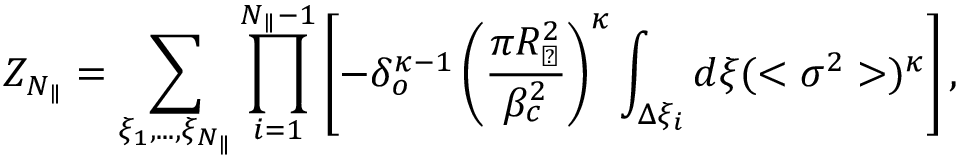
Z _ { N _ { \parallel } } = \sum _ { \xi _ { 1 } , . . . , \xi _ { N _ { \parallel } } } \prod _ { i = 1 } ^ { N _ { \parallel } - 1 } \left[ - \delta _ { o } ^ { \kappa - 1 } \left( \frac { \pi R _ { \perp } ^ { 2 } } { \beta _ { c } ^ { 2 } } \right) ^ { \kappa } \int _ { \Delta \xi _ { i } } d \xi ( < \sigma ^ { 2 } > ) ^ { \kappa } \right] ,